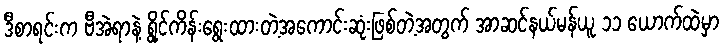
ဒီစာရင်းက ဗီအဲရာနဲ့ ရွိုင်ကိန်းရွေးထားတဲ့အကောင်းဆုံးဖြစ်တဲ့အတွက် အာဆင်နယ်မန်ယူ ၁၁ ယောက်ထဲမှာ